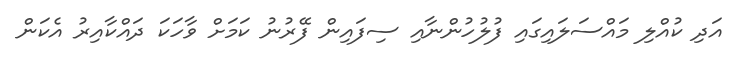
އަދި ކުއްލި މައްސަލައިގައި ފުލުހުންނާއި ސިފައިން ފޭރުނު ކަމަށް ވާހަކަ ދައްކާއިރު އެކަން